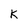
Character: K